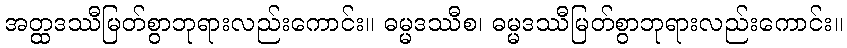
အတ္ထဒဿီမြတ်စွာဘုရားလည်းကောင်း။ ဓမ္မဒဿီစ၊ ဓမ္မဒဿီမြတ်စွာဘုရားလည်းကောင်း။